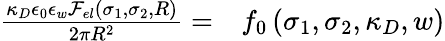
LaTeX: \begin{array}{rl}{\frac{\kappa_{D}\epsilon_{0}\epsilon_{w}\mathcal{F}_{el}(\sigma_{1},\sigma_{2},R)}{2\pi R^{2}}=}&{{}f_{0}\left(\sigma_{1},\sigma_{2},\kappa_{D},w\right)}\end{array}